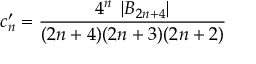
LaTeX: c _ { n } ^ { \prime } = \frac { 4 ^ { n } \; \left| { \cal B } _ { 2 n + 4 } \right| } { ( 2 n + 4 ) ( 2 n + 3 ) ( 2 n + 2 ) }